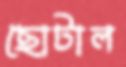
ছোটাল